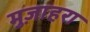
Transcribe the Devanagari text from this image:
मुज़ाहरा